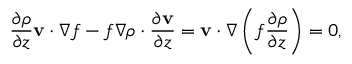
\frac { \partial \rho } { \partial z } { \bf v } \cdot \nabla f - f \nabla \rho \cdot \frac { \partial { \bf v } } { \partial z } = { \bf v } \cdot \nabla \left( f \frac { \partial \rho } { \partial z } \right) = 0 ,